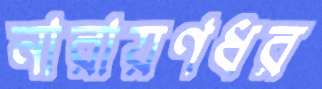
নারায়ণধর